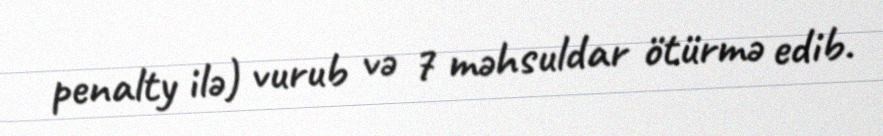
penalty ilə) vurub və 7 məhsuldar ötürmə edib.